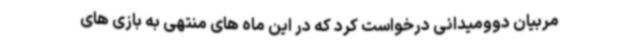
مربیان دوومیدانی درخواست کرد که در این ماه های منتهی به بازی های